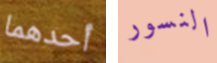
أحدهما النسور